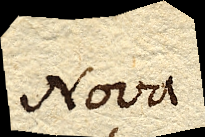
Nova